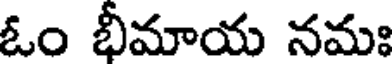
ఓం భీమాయ నమః